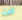
انت